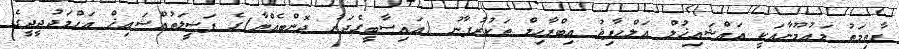
ފާޠިމަތު މައުމޫނާއަކީ އައްޝައިޚުލް އަލްޙާފިޘު އިބްރާހިމް ތަކުރުފާނު (އައިސާބީގެދަރު ދޮންބެއްޔާ)ގެ ފަޟީލަތުއްޝައިޚް އަޙްމަދުދީދީގެ